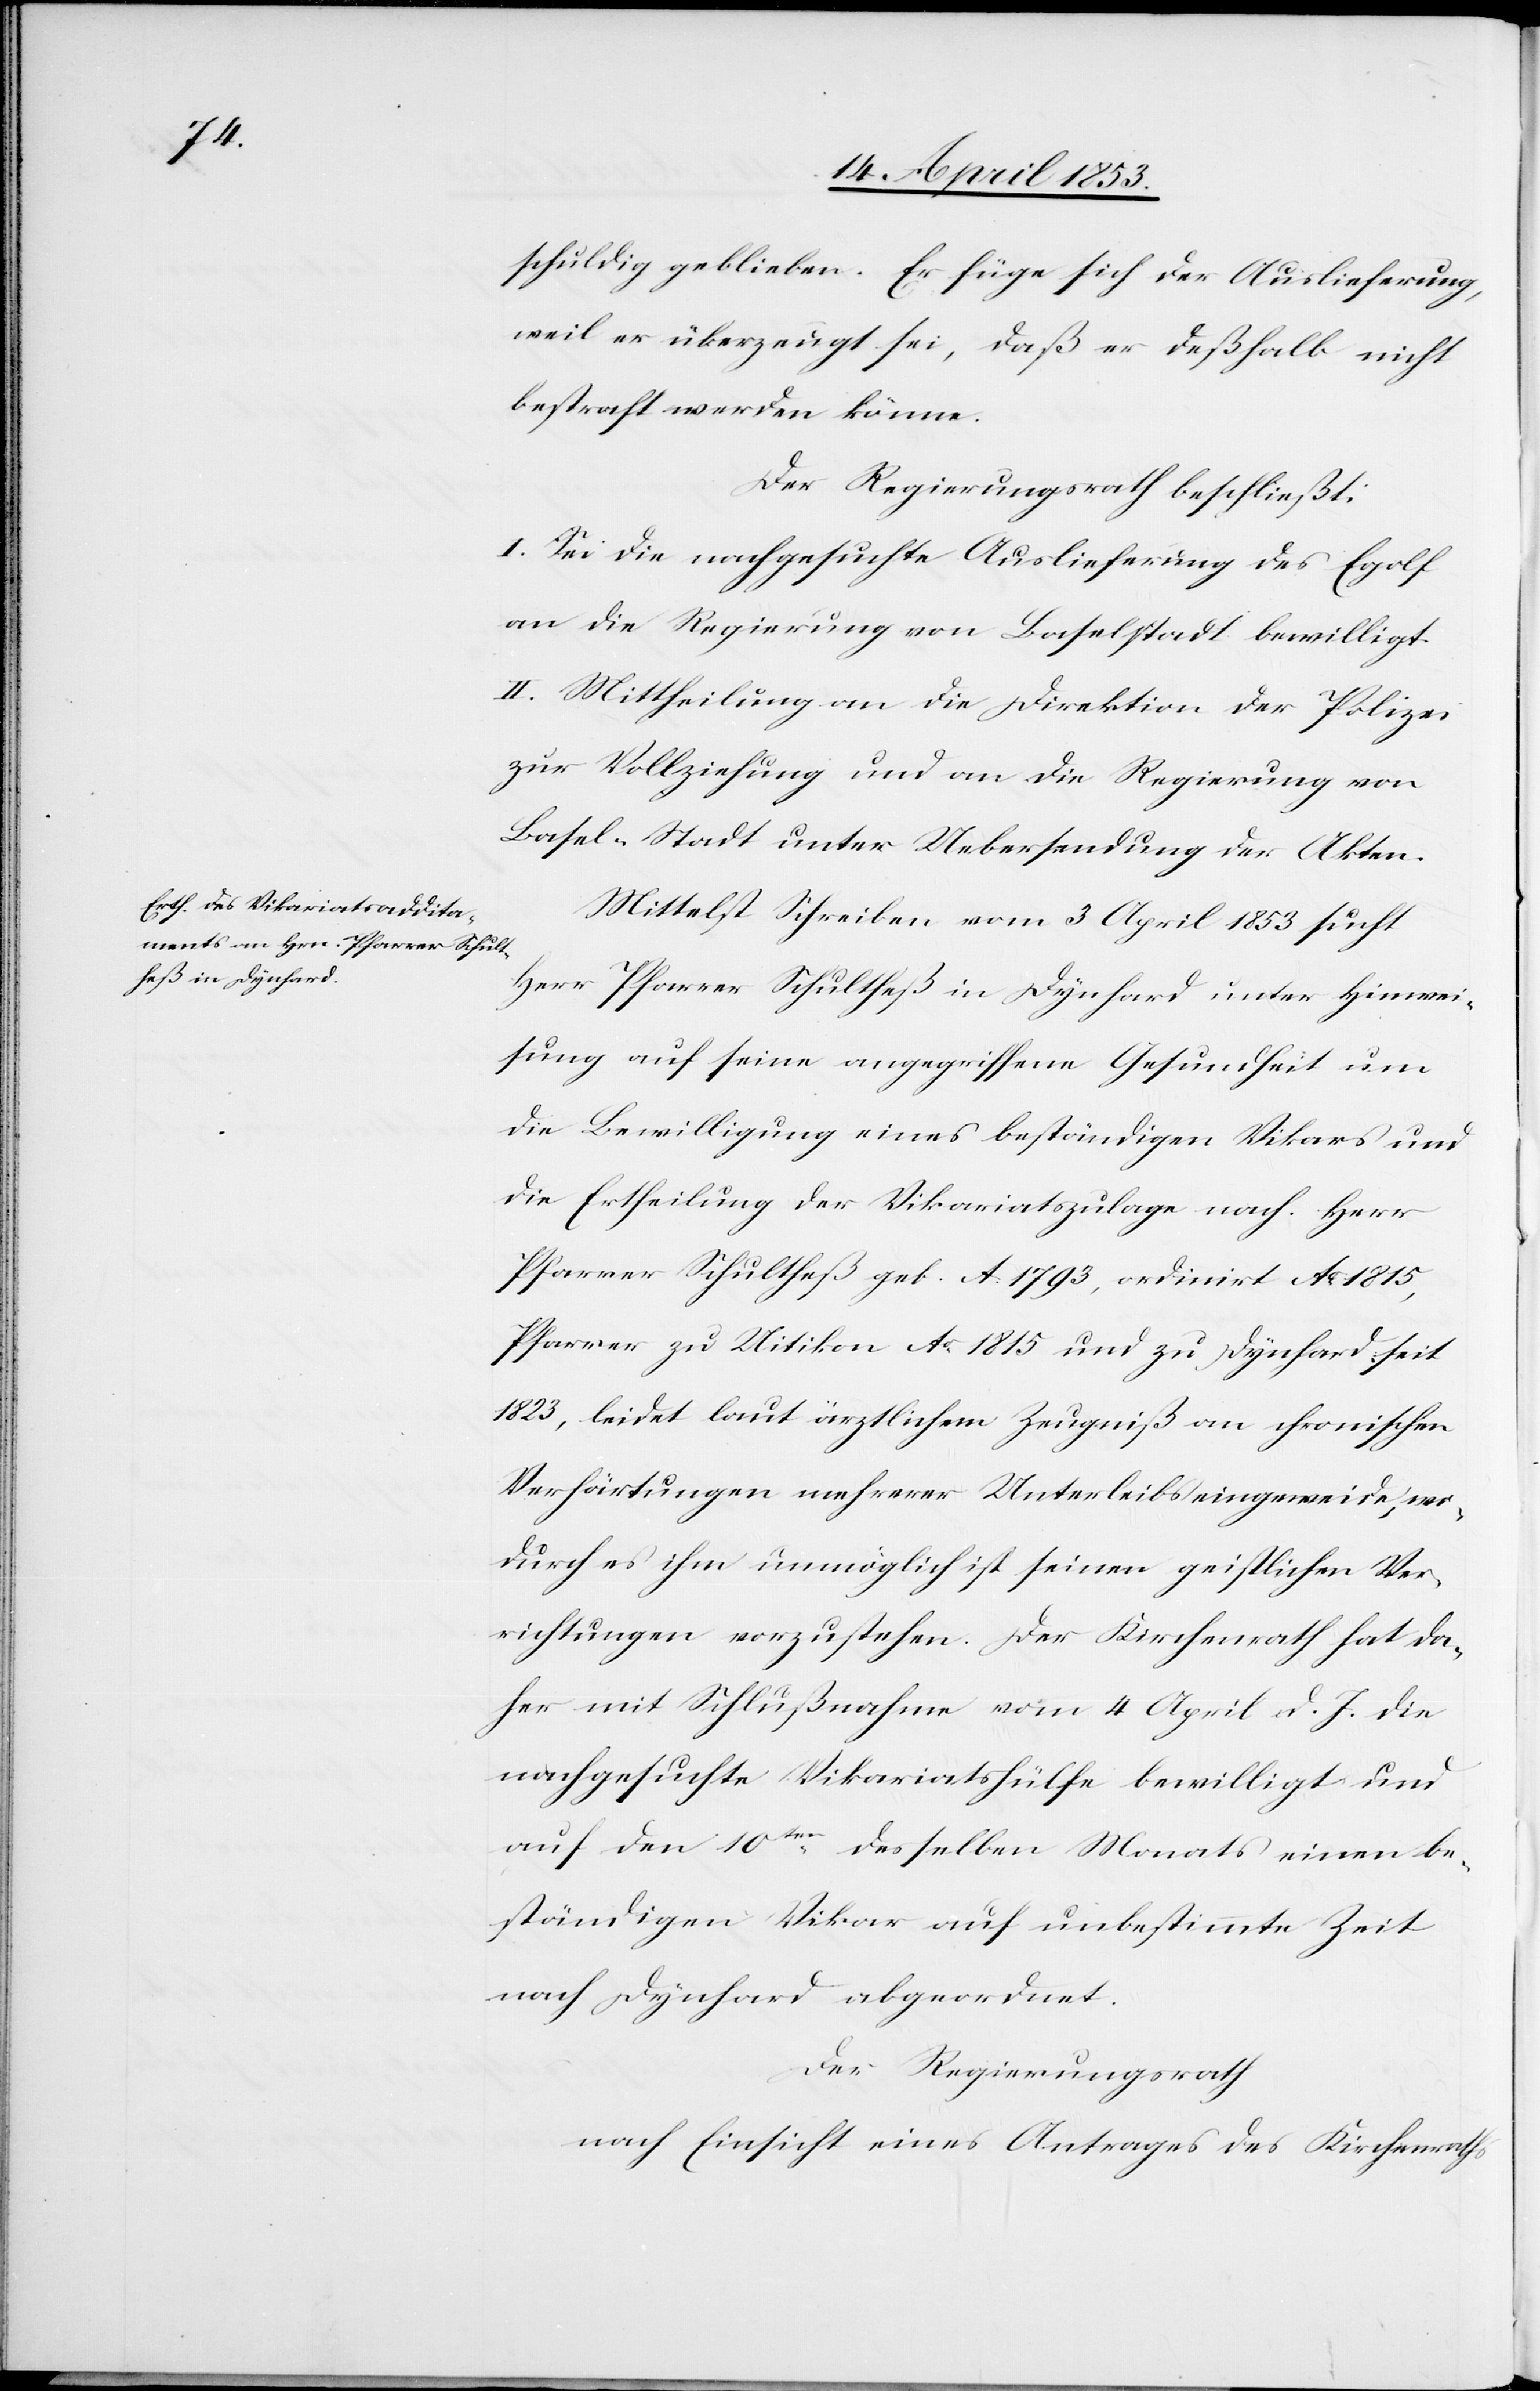
schuldig geblieben. Er füge sich der Auslieferung,
weil er überzeugt sei, daß er deßhalb nicht
bestraft werden könne.
Der Regierungsrath beschließt:
I. Sei die nachgesuchte Auslieferung des Egolf
an die Regierung von Baselstadt bewilligt.
II. Mittheilung an die Direktion der Polizei
zur Vollziehung und an die Regierung von
Basel-Stadt unter Uebersendung der Akten.
Mittelst Schreiben vom 3 April 1853 sucht
Herr Pfarrer Schultheß in Dynhard unter Hinwei¬
sung auf seine angegriffene Gesundheit um
die Bewilligung eines beständigen Vikars und
die Ertheilung der Vikariatszulage nach. Herr
Pfarrer Schultheß geb. A. 1793, ordinirt Ao. 1815,
Pfarrer zu Uitikon Ao. 1815 und zu Dynhard seit
1823, leidet laut ärztlichem Zeugniß an chronischen
Verhärtungen mehrerer Unterleibseingeweide, wo¬
durch es ihm unmöglich ist seinen geistlichen Ver¬
richtungen vorzustehen. Der Kirchenrath hat da¬
her mit Schlußnahme vom 4 April d. J. die
nachgesuchte Vikariatshülfe bewilligt und
auf den 10ten. desselben Monats einen be¬
ständigen Vikar auf unbestimmte Zeit
nach Dynhard abgeordnet.
Der Regierungsrath
nach Einsicht eines Antrages des Kirchenrathes